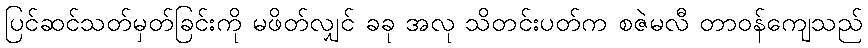
ပြင်ဆင်သတ်မှတ်ခြင်းကို မဖိတ်လျှင် ခခု အလု သိတင်းပတ်က စဇဲမလီ တာဝန်ကျေသည်